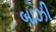
બાઝી